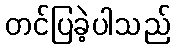
တင်ပြခဲ့ပါသည်